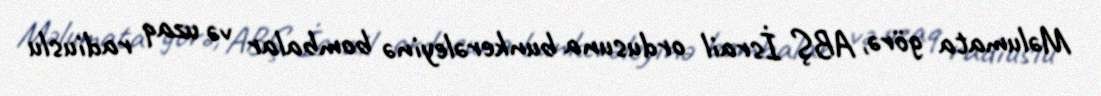
Məlumata görə, ABŞ İsrail ordusuna bunkerəleyinə bombalar və uzaq radiuslu